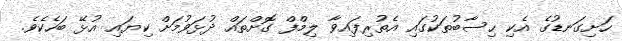
ހަށިގަނޑުގެ އެކި ހިސާބުތަކުގައި އެތުރިފައިވާ ލިމްފް ގޮށްތައް ދުޅަވުމަށް ކިޔައި އުޅޭ ބަހެކެވެ.